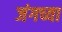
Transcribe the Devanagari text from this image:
जंगच्या